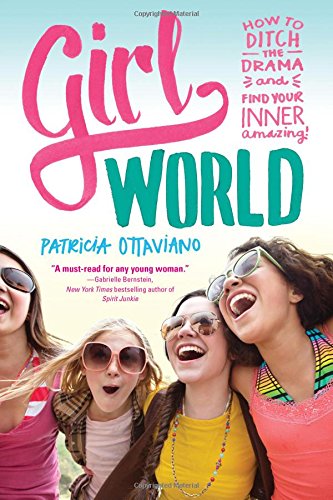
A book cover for Girl World: How to Ditch the Drama and Find Your Inner Amazing; Patricia Ottaviano; Teen & Young Adult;